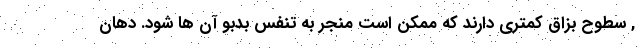
, سطوح بزاق کمتری دارند که ممکن است منجر به تنفس بدبو آن ها شود. دهان